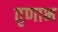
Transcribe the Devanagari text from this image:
तृणाभ